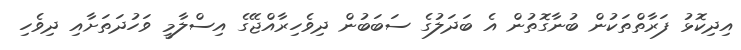
އިދިކޮޅު ފަރާތްތަކުން ބުނާގޮތުން އެ ބަދަލުގެ ސަބަބުން ދިވެހިރާއްޖޭގެ އިސްލާމީ ވަހުދަތަށާއި ދިވެހި